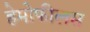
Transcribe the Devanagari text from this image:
हेमोफीलस